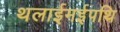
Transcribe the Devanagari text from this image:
थलाईमईपथि